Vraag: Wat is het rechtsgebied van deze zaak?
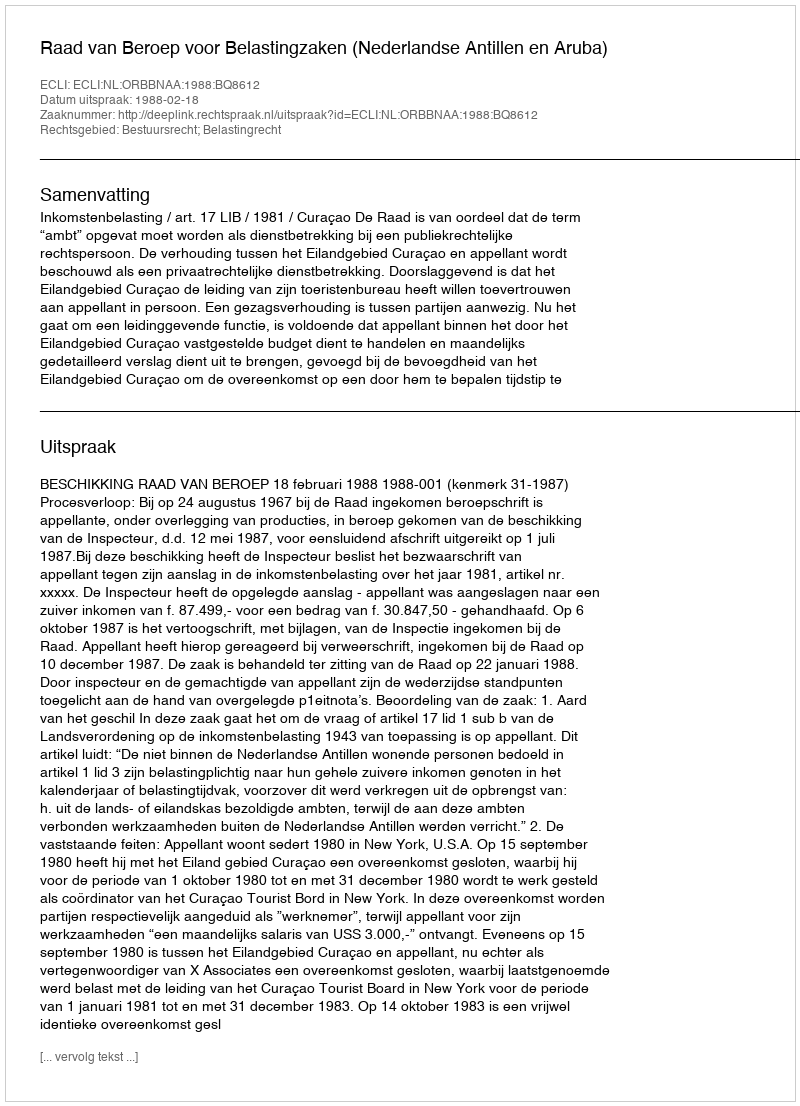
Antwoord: Bestuursrecht; Belastingrecht